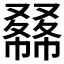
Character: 𠮇